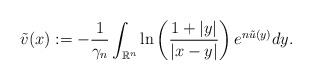
\begin{align*}\tilde{v}(x):=-\frac{1}{\gamma_{n}}\int_{\mathbb{R}^{n}}\ln\left(\frac{1+|y|}{|x-y|}\right)e^{n \tilde{u}(y)}dy.\end{align*}